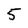
Character: 5